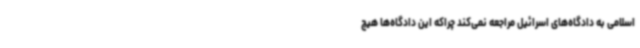
اسلامی به دادگاه‌های اسرائیل مراجعه نمی‌کند چراکه این دادگاه‌ها هیچ